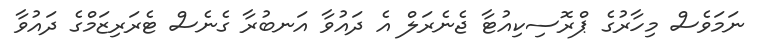
ނަމަވެސް މިހާރުގެ ޕްރޮސިކިއުޓާ ޖެނެރަލް އެ ދައުވާ އަނބުރާ ގެނެސް ޓެރަރިޒަމްގެ ދައުވާ